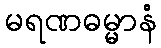
မရဏဓမ္မာနံ